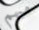
مبهم